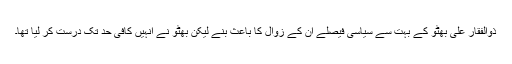
ذوالفقار علی بھٹو کے بہت سے سیاسی فیصلے ان کے زوال کا باعث بنے لیکن بھٹو نے انہیں کافی حد تک درست کر لیا تھا۔